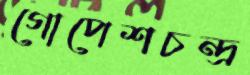
গোপেশচন্দ্র